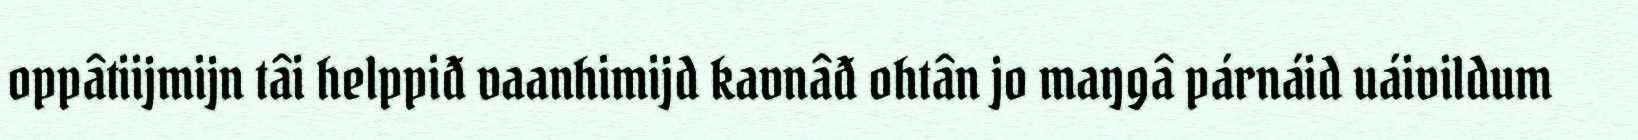
oppâtiijmijn tâi helppiđ vaanhimijd kavnâđ ohtân jo maŋgâ párnáid uáivildum